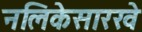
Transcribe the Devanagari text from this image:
नलिकेसारखे